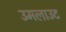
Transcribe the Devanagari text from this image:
उमलाउट